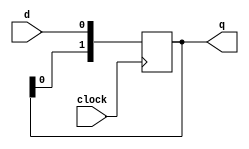
`timescale 1ns / 1ps
//////////////////////////////////////////////////////////////////////////////////
// Company: 
// Engineer: 
// 
// Design Name: 
// Module Name: N_bit_Shift
// Project Name: 
// Target Devices: 
// Tool Versions: 
// Description: 
// 
// Dependencies: 
// 
// Revision:
// Revision 0.01 - File Created
// Additional Comments:
// 
//////////////////////////////////////////////////////////////////////////////////


module N_bit_Shift
#(
    parameter N = 2
)
(
    output reg [N-1:0] q,
    input wire clock,
    input wire d
);
always @(posedge clock) begin
    q[N-1:1] <= q[N-2:0];
    q[0] <= d;
end
endmodule